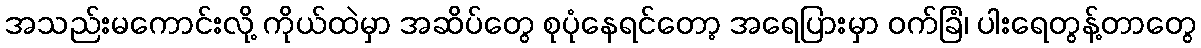
အသည်းမကောင်းလို့ ကိုယ်ထဲမှာ အဆိပ်တွေ စုပုံနေရင်တော့ အရေပြားမှာ ဝက်ခြံ၊ ပါးရေတွန့်တာတွေ